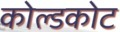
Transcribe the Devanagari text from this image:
कोल्डकोट